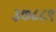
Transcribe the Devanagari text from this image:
३७८८९